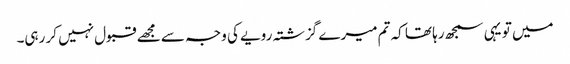
میں تو یہی سمجھ رہا تھا کہ تم میرے گزشتہ رویے کی وجہ سے مجھے قبول نہیں کر رہی۔